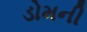
ડોમની